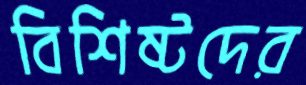
বিশিষ্টদের